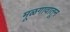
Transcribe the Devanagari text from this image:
मूळगावातून